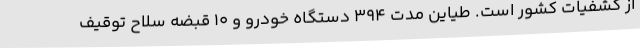
از کشفیات کشور است. طیاین مدت 394 دستگاه خودرو و 10 قبضه سلاح توقیف